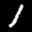
Label: 1